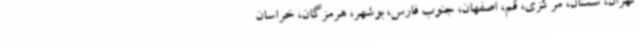
تهران، سمنان، مرکزی، قم، اصفهان، جنوب فارس، بوشهر، هرمزگان، خراسان